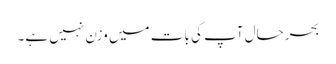
بحرحال آپ کی بات میں وزن نہیں ہے۔